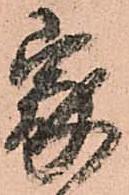
家